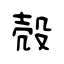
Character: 殻